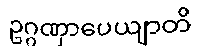
ဥဂ္ဂဏှာပေယျာတိ